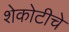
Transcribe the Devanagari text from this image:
शेकोटीचे